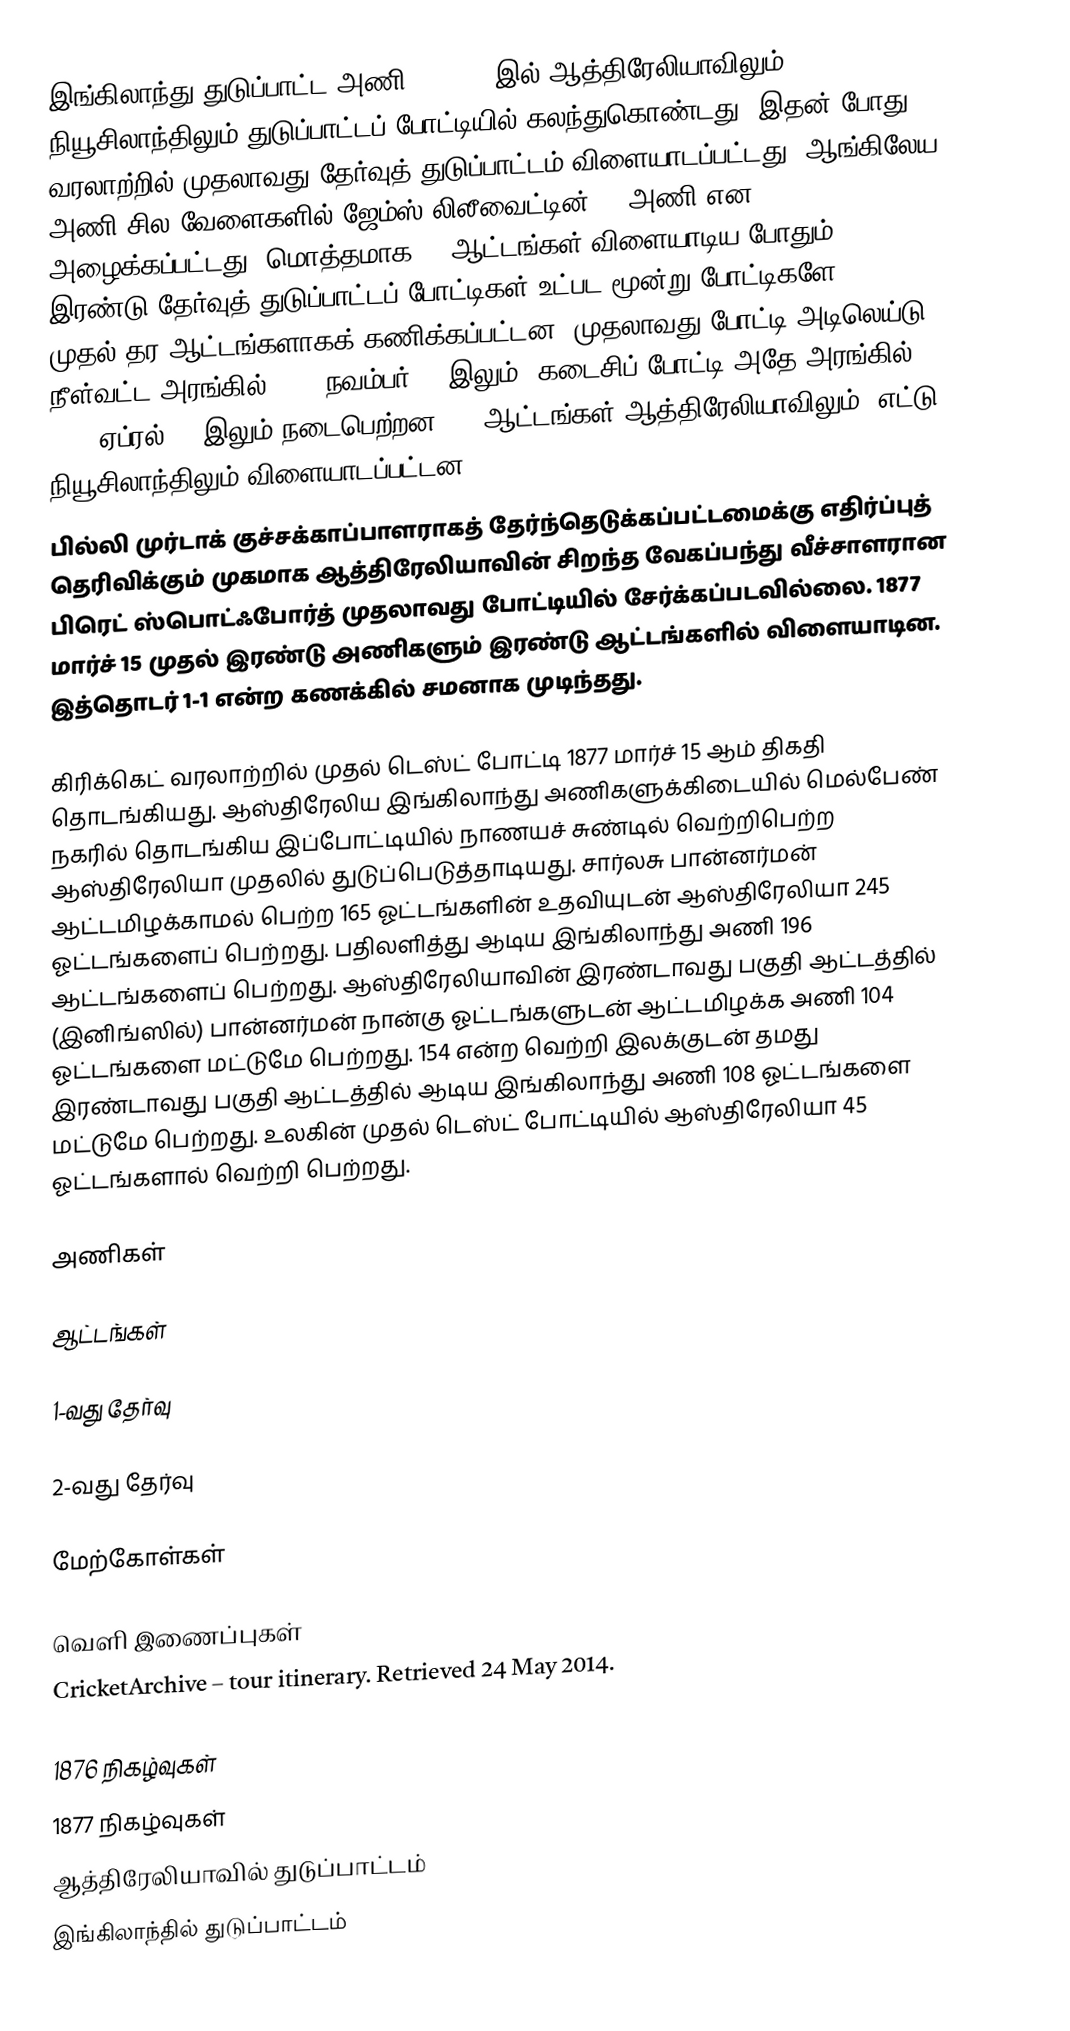
இங்கிலாந்து துடுப்பாட்ட அணி 1876-77 இல் ஆத்திரேலியாவிலும் நியூசிலாந்திலும் துடுப்பாட்டப் போட்டியில் கலந்துகொண்டது. இதன் போது வரலாற்றில் முதலாவது தேர்வுத் துடுப்பாட்டம் விளையாடப்பட்டது. ஆங்கிலேய அணி சில வேளைகளில் ஜேம்ஸ் லிலீவைட்டின் XI அணி என அழைக்கப்பட்டது. மொத்தமாக 23 ஆட்டங்கள் விளையாடிய போதும், இரண்டு தேர்வுத் துடுப்பாட்டப் போட்டிகள் உட்பட மூன்று போட்டிகளே முதல்-தர ஆட்டங்களாகக் கணிக்கப்பட்டன. முதலாவது போட்டி அடிலெய்டு நீள்வட்ட அரங்கில் 1876 நவம்பர் 16 இலும், கடைசிப் போட்டி அதே அரங்கில் 1877 ஏப்ரல் 14 இலும் நடைபெற்றன. 15 ஆட்டங்கள் ஆத்திரேலியாவிலும், எட்டு நியூசிலாந்திலும் விளையாடப்பட்டன.
பில்லி முர்டாக் குச்சக்காப்பாளராகத் தேர்ந்தெடுக்கப்பட்டமைக்கு எதிர்ப்புத் தெரிவிக்கும் முகமாக ஆத்திரேலியாவின் சிறந்த வேகப்பந்து வீச்சாளரான பிரெட் ஸ்பொட்ஃபோர்த் முதலாவது போட்டியில் சேர்க்கப்படவில்லை. 1877 மார்ச் 15 முதல் இரண்டு அணிகளும் இரண்டு ஆட்டங்களில் விளையாடின. இத்தொடர் 1-1 என்ற கணக்கில் சமனாக முடிந்தது.

கிரிக்கெட் வரலாற்றில் முதல் டெஸ்ட் போட்டி 1877 மார்ச் 15 ஆம் திகதி தொடங்கியது. ஆஸ்திரேலிய இங்கிலாந்து அணிகளுக்கிடையில் மெல்பேண் நகரில் தொடங்கிய இப்போட்டியில் நாணயச் சுண்டில் வெற்றிபெற்ற ஆஸ்திரேலியா முதலில் துடுப்பெடுத்தாடியது. சார்லசு பான்னர்மன் ஆட்டமிழக்காமல் பெற்ற 165 ஓட்டங்களின் உதவியுடன் ஆஸ்திரேலியா 245 ஓட்டங்களைப் பெற்றது. பதிலளித்து ஆடிய இங்கிலாந்து அணி 196 ஆட்டங்களைப் பெற்றது. ஆஸ்திரேலியாவின் இரண்டாவது பகுதி ஆட்டத்தில் (இனிங்ஸில்) பான்னர்மன் நான்கு ஓட்டங்களுடன் ஆட்டமிழக்க அணி 104 ஓட்டங்களை மட்டுமே பெற்றது. 154 என்ற வெற்றி இலக்குடன் தமது இரண்டாவது பகுதி ஆட்டத்தில் ஆடிய இங்கிலாந்து அணி 108 ஓட்டங்களை மட்டுமே பெற்றது. உலகின் முதல் டெஸ்ட் போட்டியில் ஆஸ்திரேலியா 45 ஓட்டங்களால் வெற்றி பெற்றது.

அணிகள்

ஆட்டங்கள்

1-வது தேர்வு

2-வது தேர்வு

மேற்கோள்கள்

வெளி இணைப்புகள்
 CricketArchive – tour itinerary. Retrieved 24 May 2014.

1876 நிகழ்வுகள்
1877 நிகழ்வுகள்
ஆத்திரேலியாவில் துடுப்பாட்டம்
இங்கிலாந்தில் துடுப்பாட்டம்